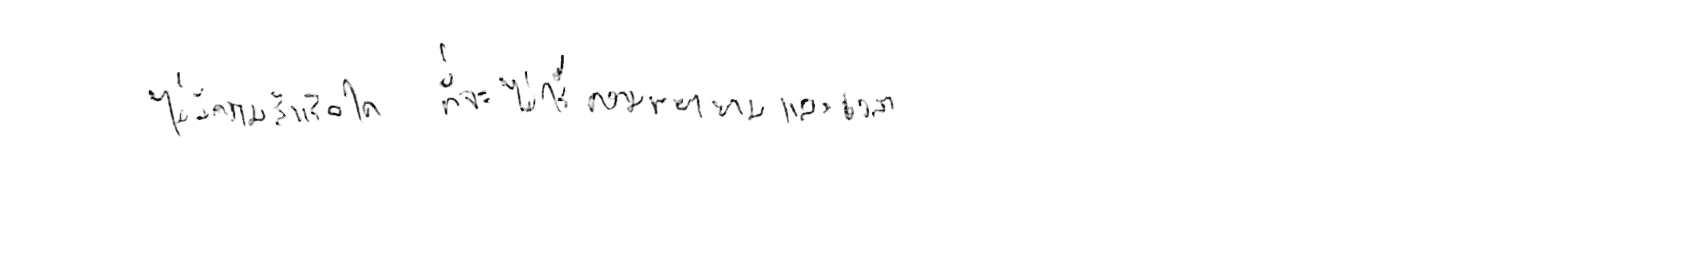
ไม่มีความสำเร็จใด ที่จะไม่ใช้ความพยายามและเวลา